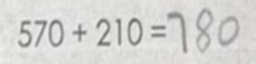
5 7 0 + 2 1 0 = 7 8 0